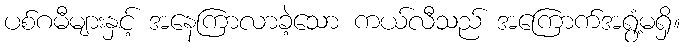
ပစ်ဂမီများနှင့် အနေကြာလာခဲ့သော ကယ်လီသည် အကြောက်အရွံ့မရှိ။